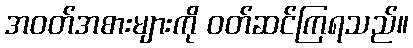
အဝတ်အစားများကို ဝတ်ဆင်ကြရသည်။